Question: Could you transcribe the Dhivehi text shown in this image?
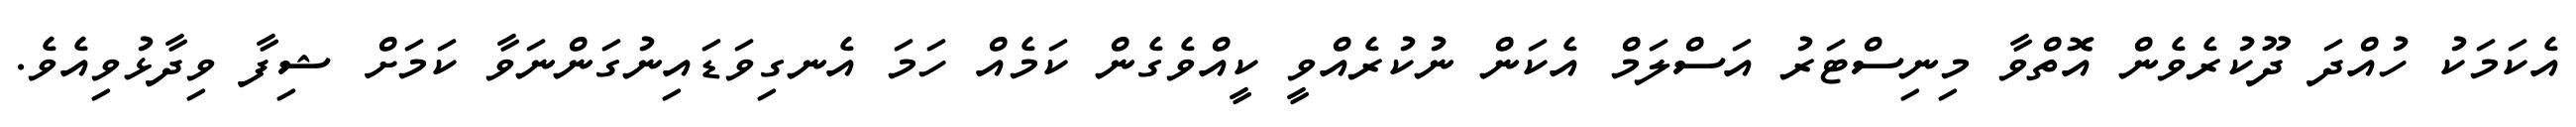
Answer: އެކަމަކު ހުއްދަ ދޫކުރެވެން އޮތްވާ މިނިސްޓަރު އަސްލަމް އެކަން ނުކުރެއްވީ ކީއްވެގެން ކަމެއް ހަމަ އެނގިވަޑައިނުގަންނަވާ ކަމަށް ޝިފާ ވިދާޅުވިއެވެ.